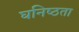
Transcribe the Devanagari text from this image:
घनिष्‍ठता